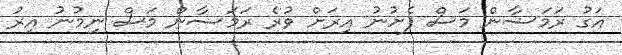
އަގު ރަމަޟާން މަސް ފެށުނު އިރަށް ވުރެ ރަމަޟާން މަސް ނިމުނު އިރު